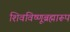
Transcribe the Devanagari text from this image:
शिवविष्णूब्रह्मारूप